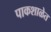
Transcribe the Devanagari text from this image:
पाकशाळेत